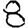
Digit: 8